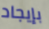
بإيجاد